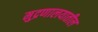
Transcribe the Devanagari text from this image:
मुद्रणालयातील